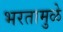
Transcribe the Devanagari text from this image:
भरतामुळे